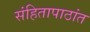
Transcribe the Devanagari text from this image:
संहितापाठांत